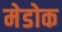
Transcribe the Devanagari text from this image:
मेडोक